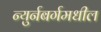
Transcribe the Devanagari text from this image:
न्युर्नबर्गमधील